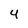
Character: 4